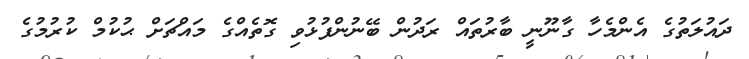
ދައުލަތުގެ އެންމެހާ ގާނޫނީ ބާރުތައް ރަދުން ބޭނުންފުޅުވި ގޮތެއްގެ މައްޗަށް ޙުކުމް ކުރުމުގެ